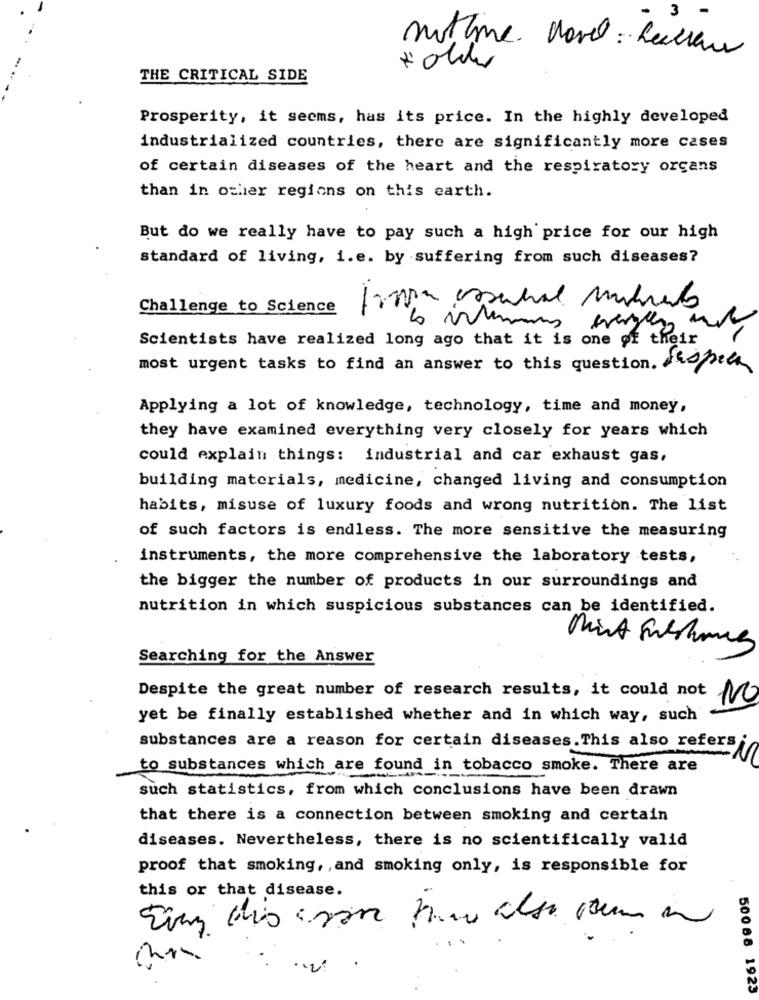
notime Morel : Leechar
THE CRITICAL SIDE
Prosperity, it seems, has its price. In the highly developed
industrialized countries, there are significantly more cases
of certain diseases of the heart and the respiratory organs
than in other regions on this earth.
But do we really have to pay such a high price for our high
standard of living, i.e. by suffering from such diseases?
.-
Challenge to Science
9
Scientists have realized long ago that it is one of their
most urgent tasks to find an answer to this question. Jeopie
Applying a lot of knowledge, technology, time and money,
they have examined everything very closely for years which
could explain things: industrial and car exhaust gas,
building materials, medicine, changed living and consumption
habits, misuse of luxury foods and wrong nutrition. The list
of such factors is endless. The more sensitive the measuring
instruments, the more comprehensive the laboratory tests,
the bigger the number of products in our surroundings and
nutrition in which suspicious substances can be identified.
Searching for the Answer
Despite the great number of research results, it could not
M
yet be finally established whether and in which way, such
substances are a reason for certain diseases.This also refers
to substances which are found in tobacco smoke. There are
such statistics, from which conclusions have been drawn
that there is a connection between smoking and certain
diseases. Nevertheless, there is no scientifically valid
proof that smoking, , and smoking only, is responsible for
this or that disease.
500 88 1923